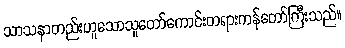
သာသနာတည်းဟူသောသူတော်ကောင်းတရားကန်တော်ကြီးသည်။